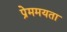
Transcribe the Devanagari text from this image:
प्रेममयता